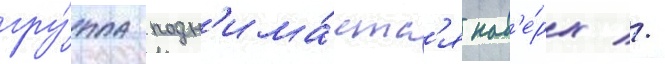
гру́ппа подн'има́етс'я нав'е́рх //